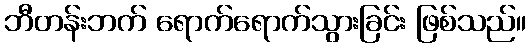
ဘီတန်းဘက် ရောက်ရောက်သွားခြင်း ဖြစ်သည်။